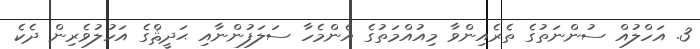
3. އަހްލުއް ސުންނަތުގެ ތެރެއިންވާ މިއުއްމަތުގެ އެންމެހާ ސަލަފުންނާއި ޙަދީޘްގެ އަހުލުވެރިން ދެކެ